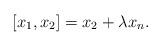
LaTeX: \begin{align*}[x_1, x_2] = x_2 + \lambda x_n . \end{align*}